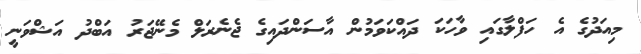
މިއަދުގެ އެ ހަފްލާގައި ވާހަކަ ދައްކަވަމުން އާސަންދައިގެ ޖެނެރަލް މެނޭޖަރު އަބްދު އަޝްވަނީ